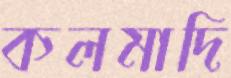
কলমাদি